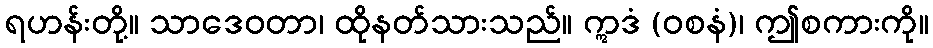
ရဟန်းတို့။ သာဒေဝတာ၊ ထိုနတ်သားသည်။ ဣဒံ (ဝစနံ)၊ ဤစကားကို။